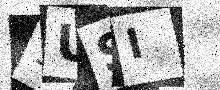
Text: 9USI